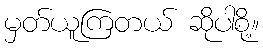
မှတ်ယူကြတယ် ဆိုပါစို့။